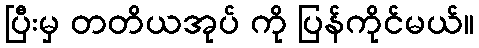
ပြီးမှ တတိယအုပ် ကို ပြန်ကိုင်မယ်။